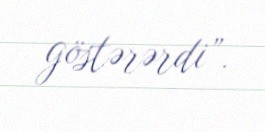
göstərərdi”.